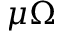
\mu \Omega